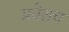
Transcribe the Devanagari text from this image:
प्रवेशच